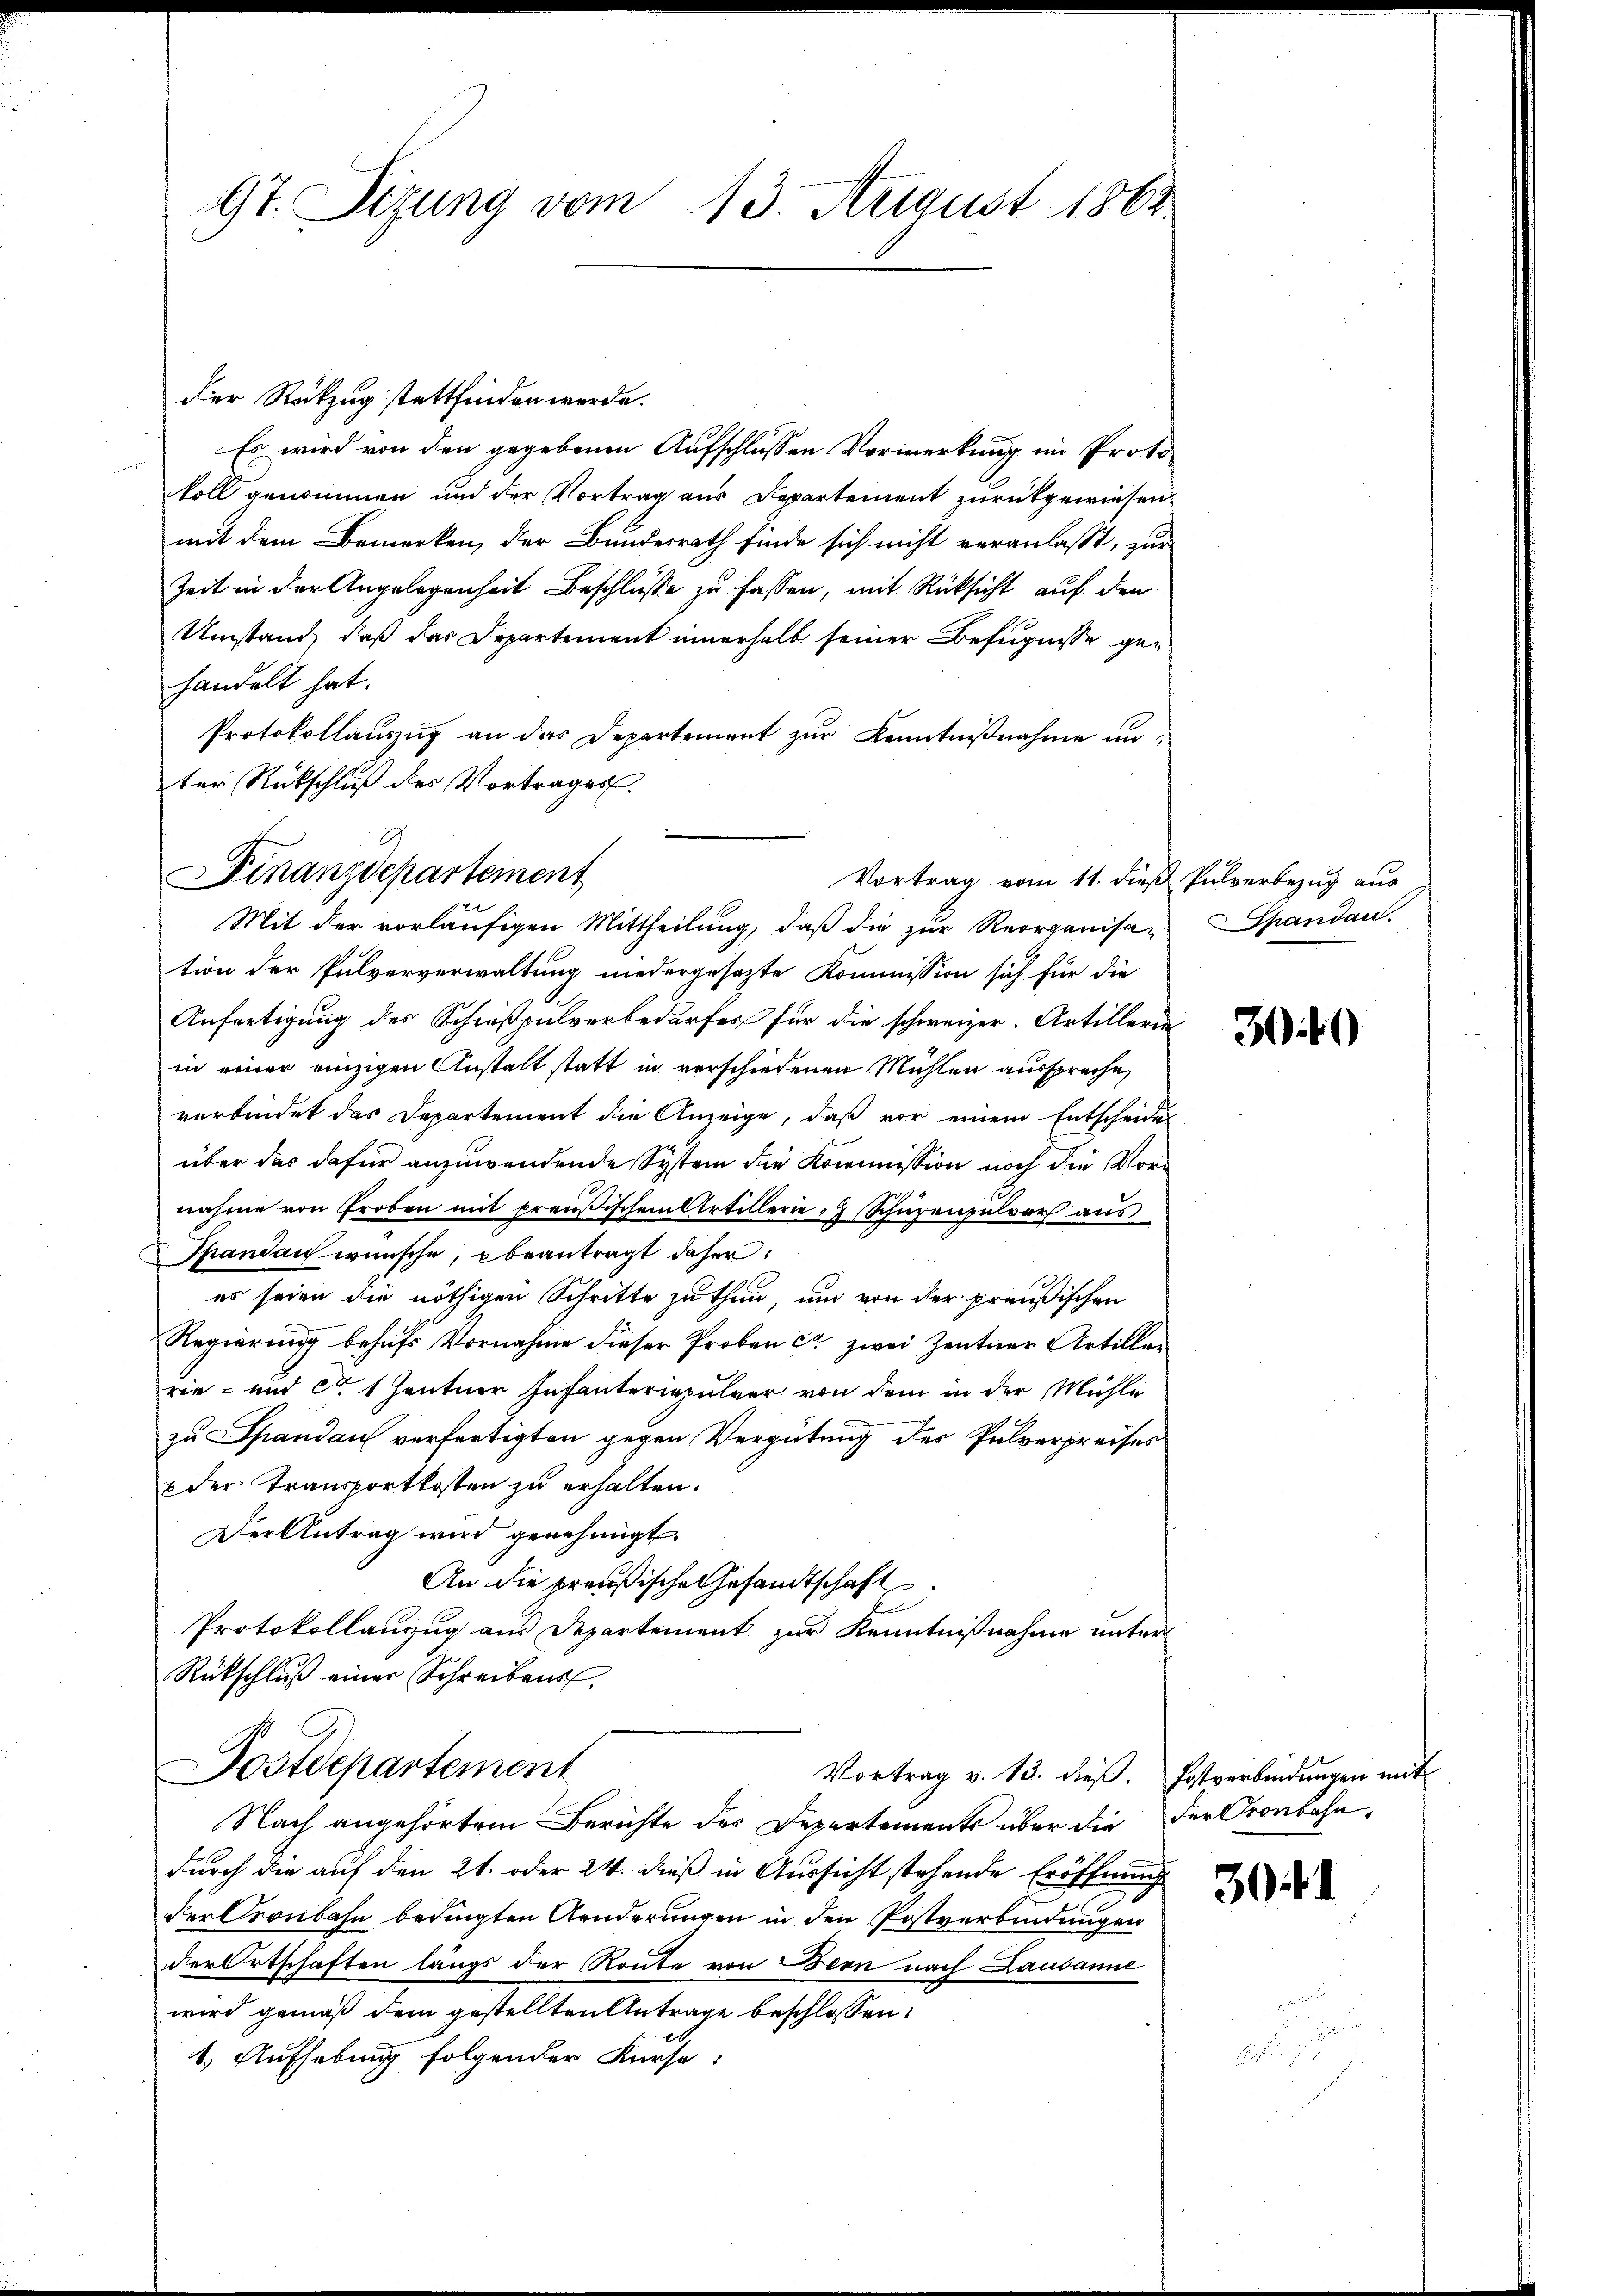
97. Sizung vom 13. August 1862

Der Rückzug stattfinden werde.
Es wird von den gegebenen Aufschlüssen Vormerkung im Protokoll genommen und der Vortrag aus Departement zurückgewiesen
mit dem Bemerken, der Bundesrath finde sich nicht veranlasst, zur
Zeit in der Angelegenheit Beschlüsse zu fassen, mit Rücksicht auf den
Umstand, daß das Departement innerhalb seiner Befugnisse gehandelt hat.
Protokollaŭszŭg an das Departement zŭr Kenntniβnahme un-
ter Rückschluß des Vortrages.
tion der Pulververwaltung niedergesezte Kommission sich für die
Anfertigung des Schießpulverbedarfes für die schweizer. Artillerin
in einer einzigen Anstalt statt in verschiedenen Mühlen ausspreche,
verbindet das Departement die Anzeige, daß vor einem Entscheides
über das dafür anzuwendende System die Kommission noch die Vornahme von Groben mit preußischem Artillerie - Schüzenpulver aus
Spandau wünsche, obeantragt daher,
es seien die nöthigen Schritte zu thun, um von der preußischen
Regierung behufs Vornahme dieser Proben ca. zwei Zentner Artiller
rie- und ca 1 Zentner Infanteriepulver von dem in der Mühle
zu Spandau verfertigten gegen Vergütung des Pulverpreises
 der Transportkosten zu erhalten.
Der Antrag wird genehmigt.
An die preußische Gesandtschaft
Protokollauszug aus Departement zur Kenntnißnahme unter
Rückschluß einer Schreibens.
Postdepartement
Vortrag v. 13. dieβ. Postverbindungen mit
Nach angehörtem Berichte des Departements über die der Cronbahndurch die auf den 21. oder 24. dieß in Aussicht stehende Eröffnung
der Pronbahn bedingten Aenderungen in den Postverbindungen
der Ortschaften längs der Route von Bern nach Landann
wird gemäß dem gestellten Antrage beschlossen:
1.) Aufhebung folgender Kurse:

.
Finanzdepartement
Vortrag vom 11. dieß Pulverbezug aus
Mit der vorläufigen Mittheilung, daß die zur Reorganisa-

Spandau.

349)

3.